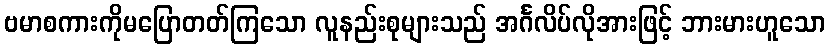
ဗမာစကားကိုမပြောတတ်ကြသော လူနည်းစုများသည် အင်္ဂလိပ်လိုအားဖြင့် ဘားမားဟူသော